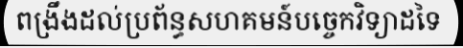
ពង្រឹងដល់ប្រព័ន្ធសហគមន៍បច្ចេកវិទ្យាដទៃ